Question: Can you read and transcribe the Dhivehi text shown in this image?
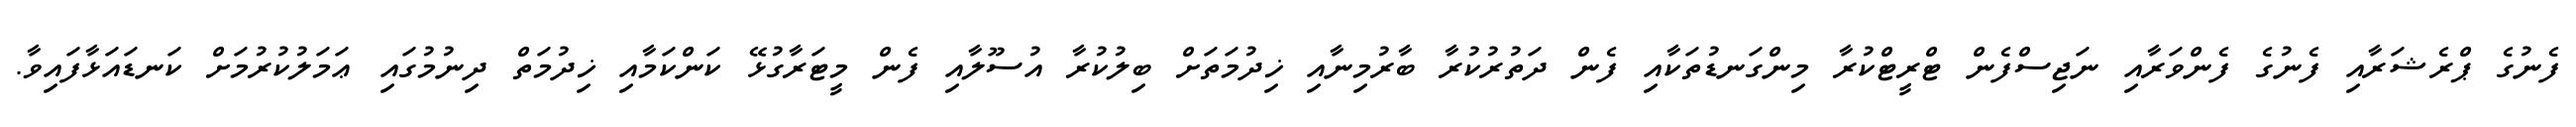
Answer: ފެނުގެ ޕްރެޝަރާއި ފެނުގެ ފެންވަރާއި ނަޖިސްފެން ޓްރީޓްކުރާ މިންގަނޑުތަކާއި ފެން ދަތުރުކުރާ ބާރުމިނާއި ޚިދުމަތަށް ބިލުކުރާ އުސޫލާއި ފެން މީޓަރާގުޅޭ ކަންކަމާއި ޚިދުމަތް ދިނުމުގައި ޢަމަލުކުރުމަށް ކަނޑައަޅާފައިވާ.